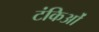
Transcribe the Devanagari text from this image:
टंकिओं